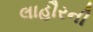
લાહૌરની